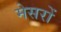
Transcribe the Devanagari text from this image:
मेसरों